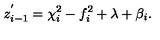
z _ { i - 1 } ^ { ' } = \chi _ { i } ^ { 2 } - f _ { i } ^ { 2 } + \lambda + \beta _ { i } .